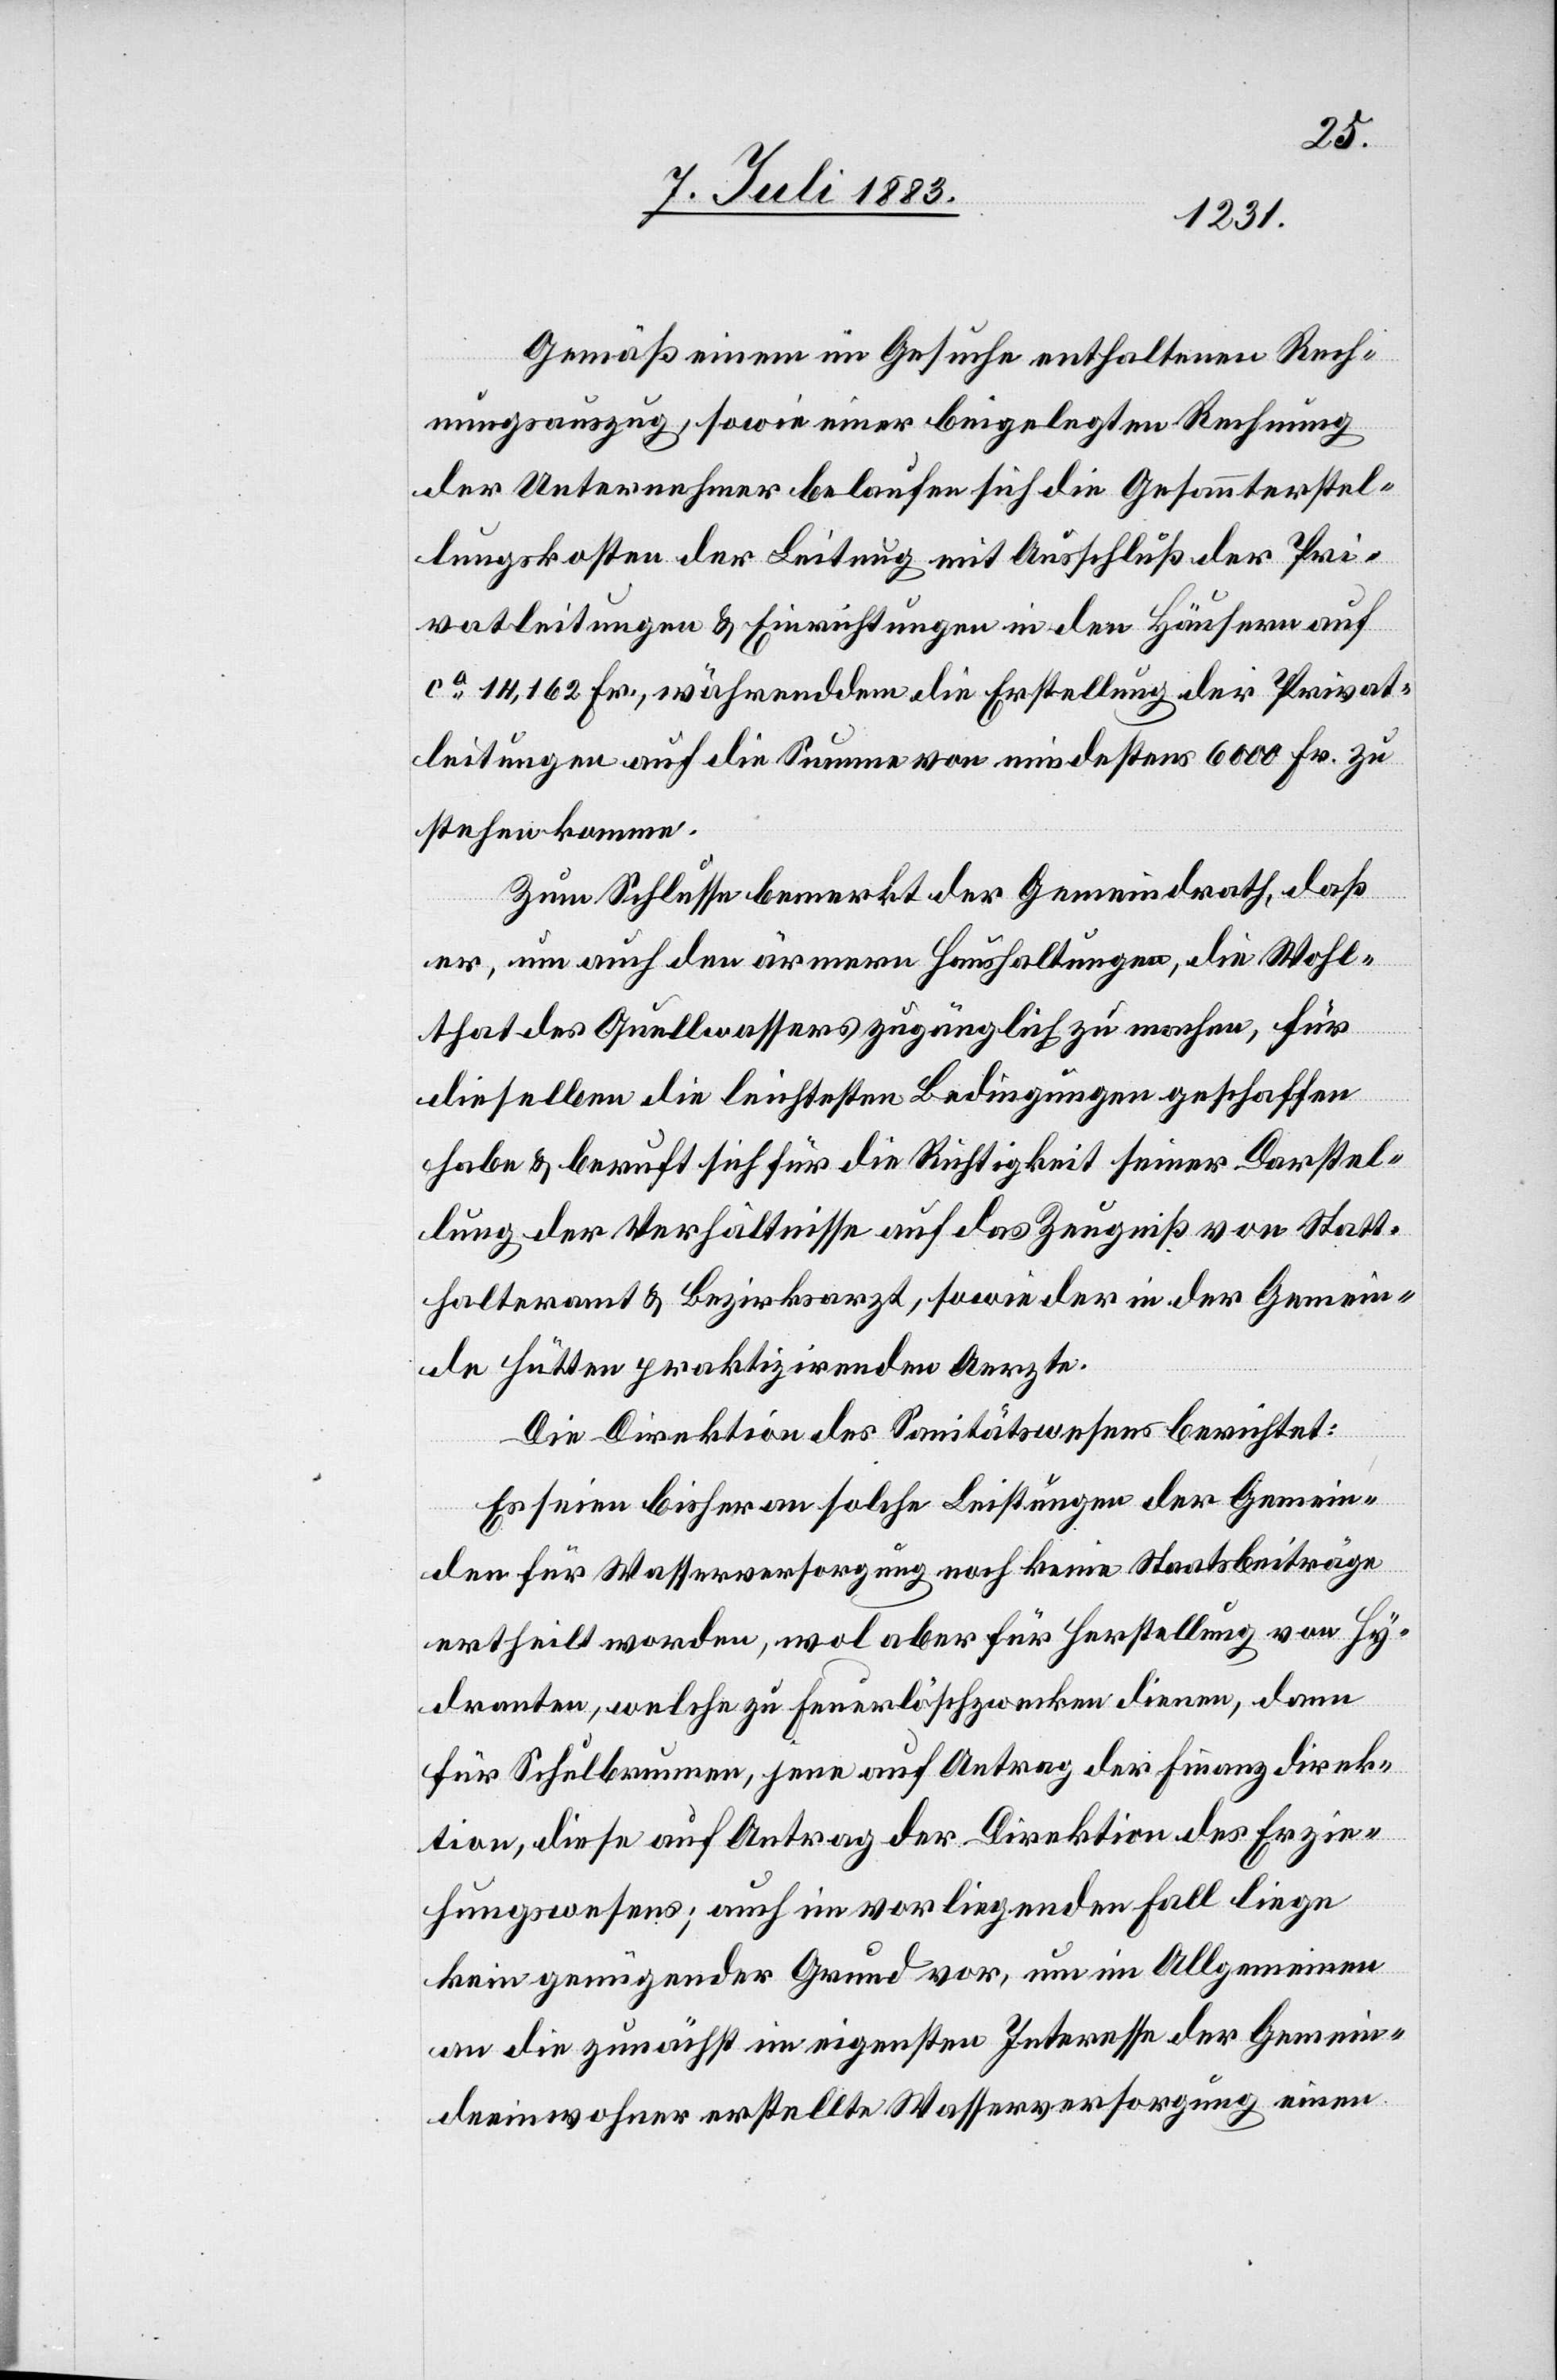
Gemäß einem im Gesuche enthaltenen Rech¬
nungsauszug, sowie einer beigelegten Rechnung
der Unternehmer belaufen sich die Gesammterstel¬
lungskosten der Leitung mit Ausschluß der Pri¬
vatleitungen & Einrichtungen in den Häusern auf
ca 14,162 Fr., währenddem die Erstellung der Privat¬
leitungen auf die Summe von mindestens 6000 Fr. zu
stehen kommen.
Zum Schlusse bemerkt der Gemeindrath, daß
er, um auch den ärmern Haushaltungen, die Wohl¬
that des Quellwassers zugänglich zu machen, für
dieselben die leichtesten Bedingungen geschaffen
habe & beruft sich für die Richtigkeit seiner Darstel¬
lung der Verhältnisse auf das Zeugniß von Statt¬
halteramt & Bezirksarzt, sowie in der Gemein¬
de Hütten praktizirende Aerzte.
Die Direktion des Sanitätswesens berichtet:
Es seien bisher an solche Leitungen der Gemein¬
den für Wasserversorgung noch keine Staatsbeiträge
ertheilt worden, wol aber für Herstellung von Hy¬
dranten, welche zu Feuerlöschzwecken dienen, dann
für Schulbrunnen, jene auf Antrag der Finanzdirek¬
tion, diese auf Antrag der Direktion des Erzie¬
hungswesens; auch im vorliegenden Fall liege
kein genügender Grund vor, um im Allgemeinen
an die zunächst im eigensten Interesse der Gemein¬
deeinwohner erstellte Wasserversorgung einen